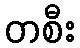
တစီး